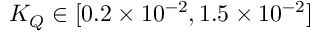
K _ { Q } \in [ 0 . 2 \times 1 0 ^ { - 2 } , 1 . 5 \times 1 0 ^ { - 2 } ]